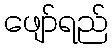
ဖျော်ရည်